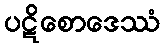
ပဋိစောဒေဿံ